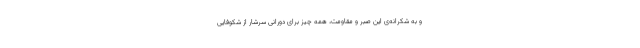
و به شکرانه‌ی این صبر و مقاومت، همه چیز برای دورانی سرشار از شکوفایی